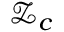
\mathcal { Z } _ { c }